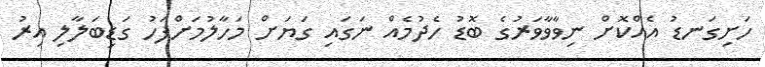
ހަށިގަނޑު އެއްކޮށް ނިވާވާވަރުގެ ބޮޑު ހެދުމެއް ނަގައި ގަޔަށް މަހާލުމަށްފަހު ގަޑިބަލާލި އިރު